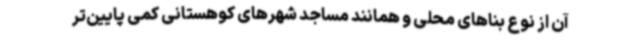
آن از نوع بناهای محلی و همانند مساجد شهرهای کوهستانی کمی پایین‌تر